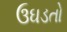
ઉઘડતો